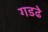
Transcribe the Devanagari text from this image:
गडढे